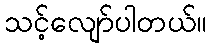
သင့်လျော်ပါတယ်။